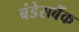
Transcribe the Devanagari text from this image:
बंडेसबैंक